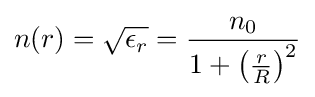
n(r)={\sqrt {\epsilon _{r}}}={\frac {n_{0}}{1+\left({\frac {r}{R}}\right)^{2}}}